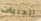
الجنيات